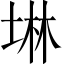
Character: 𡍚